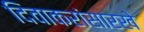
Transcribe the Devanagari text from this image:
दिवाकरांसारखे